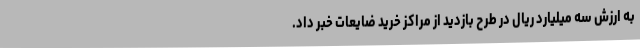
به ارزش سه میلیارد ریال در طرح بازدید از مراکز خرید ضایعات خبر داد.